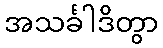
အသင်္ခါဒိတွာ